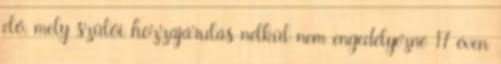
elő, mely szülői hozzájárulás nélkül nem engedélyezné 17 éven